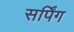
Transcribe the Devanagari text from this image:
सर्पिंग